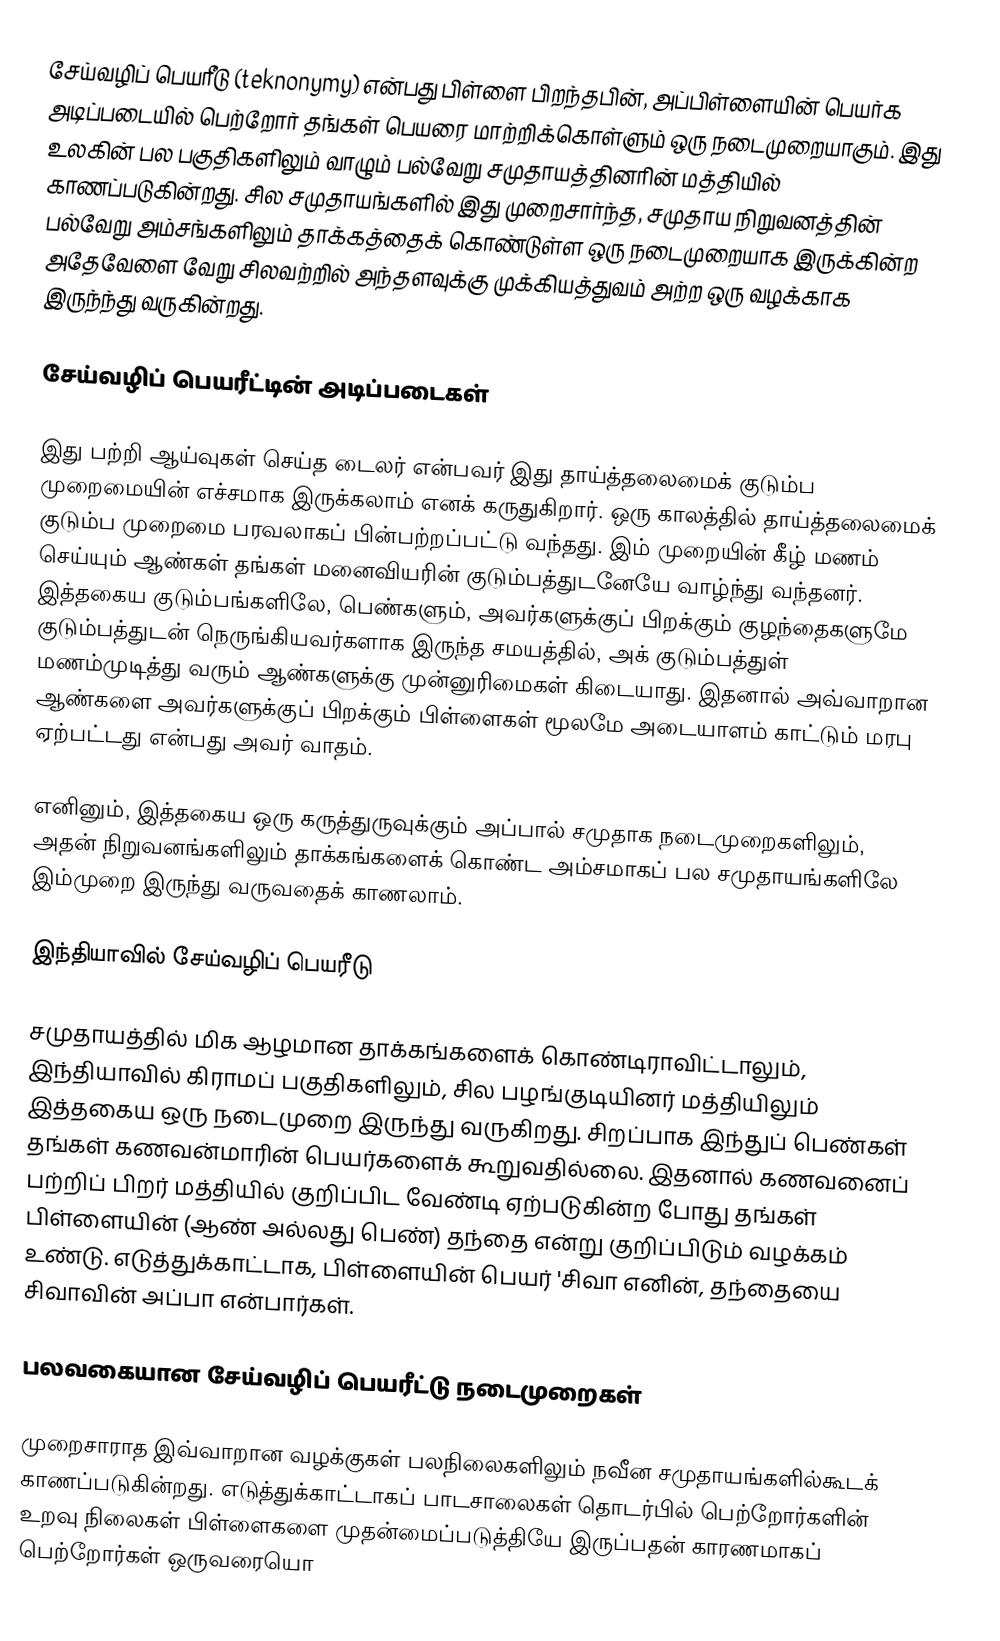
சேய்வழிப் பெயரீடு (teknonymy)  என்பது பிள்ளை பிறந்தபின், அப்பிள்ளையின் பெயர்க அடிப்படையில் பெற்றோர் தங்கள் பெயரை மாற்றிக்கொள்ளும் ஒரு நடைமுறையாகும். இது உலகின் பல பகுதிகளிலும் வாழும் பல்வேறு சமுதாயத்தினரின் மத்தியில் காணப்படுகின்றது. சில சமுதாயங்களில் இது முறைசார்ந்த, சமுதாய நிறுவனத்தின் பல்வேறு அம்சங்களிலும் தாக்கத்தைக் கொண்டுள்ள ஒரு நடைமுறையாக இருக்கின்ற அதேவேளை வேறு சிலவற்றில் அந்தளவுக்கு முக்கியத்துவம் அற்ற ஒரு வழக்காக இருந்ந்து வருகின்றது.

சேய்வழிப் பெயரீட்டின் அடிப்படைகள்

இது பற்றி ஆய்வுகள் செய்த டைலர் என்பவர் இது தாய்த்தலைமைக் குடும்ப முறைமையின் எச்சமாக இருக்கலாம் எனக் கருதுகிறார். ஒரு காலத்தில் தாய்த்தலைமைக் குடும்ப முறைமை பரவலாகப் பின்பற்றப்பட்டு வந்தது. இம் முறையின் கீழ் மணம் செய்யும் ஆண்கள் தங்கள் மனைவியரின் குடும்பத்துடனேயே வாழ்ந்து வந்தனர். இத்தகைய குடும்பங்களிலே, பெண்களும், அவர்களுக்குப் பிறக்கும் குழந்தைகளுமே குடும்பத்துடன் நெருங்கியவர்களாக இருந்த சமயத்தில், அக் குடும்பத்துள் மணம்முடித்து வரும் ஆண்களுக்கு முன்னுரிமைகள் கிடையாது. இதனால் அவ்வாறான ஆண்களை அவர்களுக்குப் பிறக்கும் பிள்ளைகள் மூலமே அடையாளம் காட்டும் மரபு ஏற்பட்டது என்பது அவர் வாதம்.

எனினும், இத்தகைய ஒரு கருத்துருவுக்கும் அப்பால் சமுதாக நடைமுறைகளிலும், அதன் நிறுவனங்களிலும் தாக்கங்களைக் கொண்ட அம்சமாகப் பல சமுதாயங்களிலே இம்முறை இருந்து வருவதைக் காணலாம்.

இந்தியாவில் சேய்வழிப் பெயரீடு

சமுதாயத்தில் மிக ஆழமான தாக்கங்களைக் கொண்டிராவிட்டாலும், இந்தியாவில் கிராமப் பகுதிகளிலும், சில பழங்குடியினர் மத்தியிலும் இத்தகைய ஒரு நடைமுறை இருந்து வருகிறது. சிறப்பாக இந்துப் பெண்கள் தங்கள் கணவன்மாரின் பெயர்களைக் கூறுவதில்லை. இதனால் கணவனைப் பற்றிப் பிறர் மத்தியில் குறிப்பிட வேண்டி ஏற்படுகின்ற போது தங்கள் பிள்ளையின் (ஆண் அல்லது பெண்) தந்தை என்று குறிப்பிடும் வழக்கம் உண்டு. எடுத்துக்காட்டாக, பிள்ளையின் பெயர் 'சிவா எனின், தந்தையை சிவாவின் அப்பா என்பார்கள்.

பலவகையான சேய்வழிப் பெயரீட்டு நடைமுறைகள்

முறைசாராத இவ்வாறான வழக்குகள் பலநிலைகளிலும் நவீன சமுதாயங்களில்கூடக் காணப்படுகின்றது. எடுத்துக்காட்டாகப் பாடசாலைகள் தொடர்பில் பெற்றோர்களின் உறவு நிலைகள் பிள்ளைகளை முதன்மைப்படுத்தியே இருப்பதன் காரணமாகப் பெற்றோர்கள் ஒருவரையொ